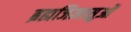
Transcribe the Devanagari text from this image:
ब्रह्मजिज्ञासुओं